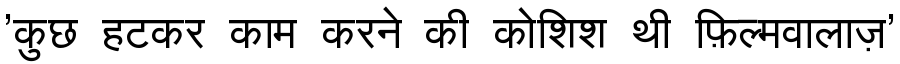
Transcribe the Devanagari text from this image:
'कुछ हटकर काम करने की कोशिश थी फ़िल्मवालाज़'